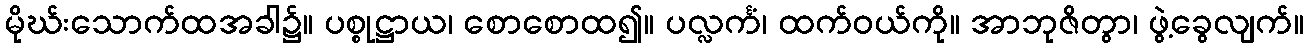
မိုဃ်းသောက်ထအခါ၌။ ပစ္စုဋ္ဌာယ၊ စောစောထ၍။ ပလ္လင်္ကံ၊ ထက်ဝယ်ကို။ အာဘုဇိတွာ၊ ဖွဲ့ခွေလျက်။